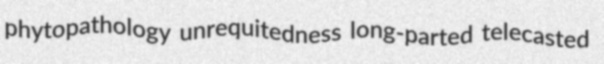
phytopathology unrequitedness long-parted telecasted